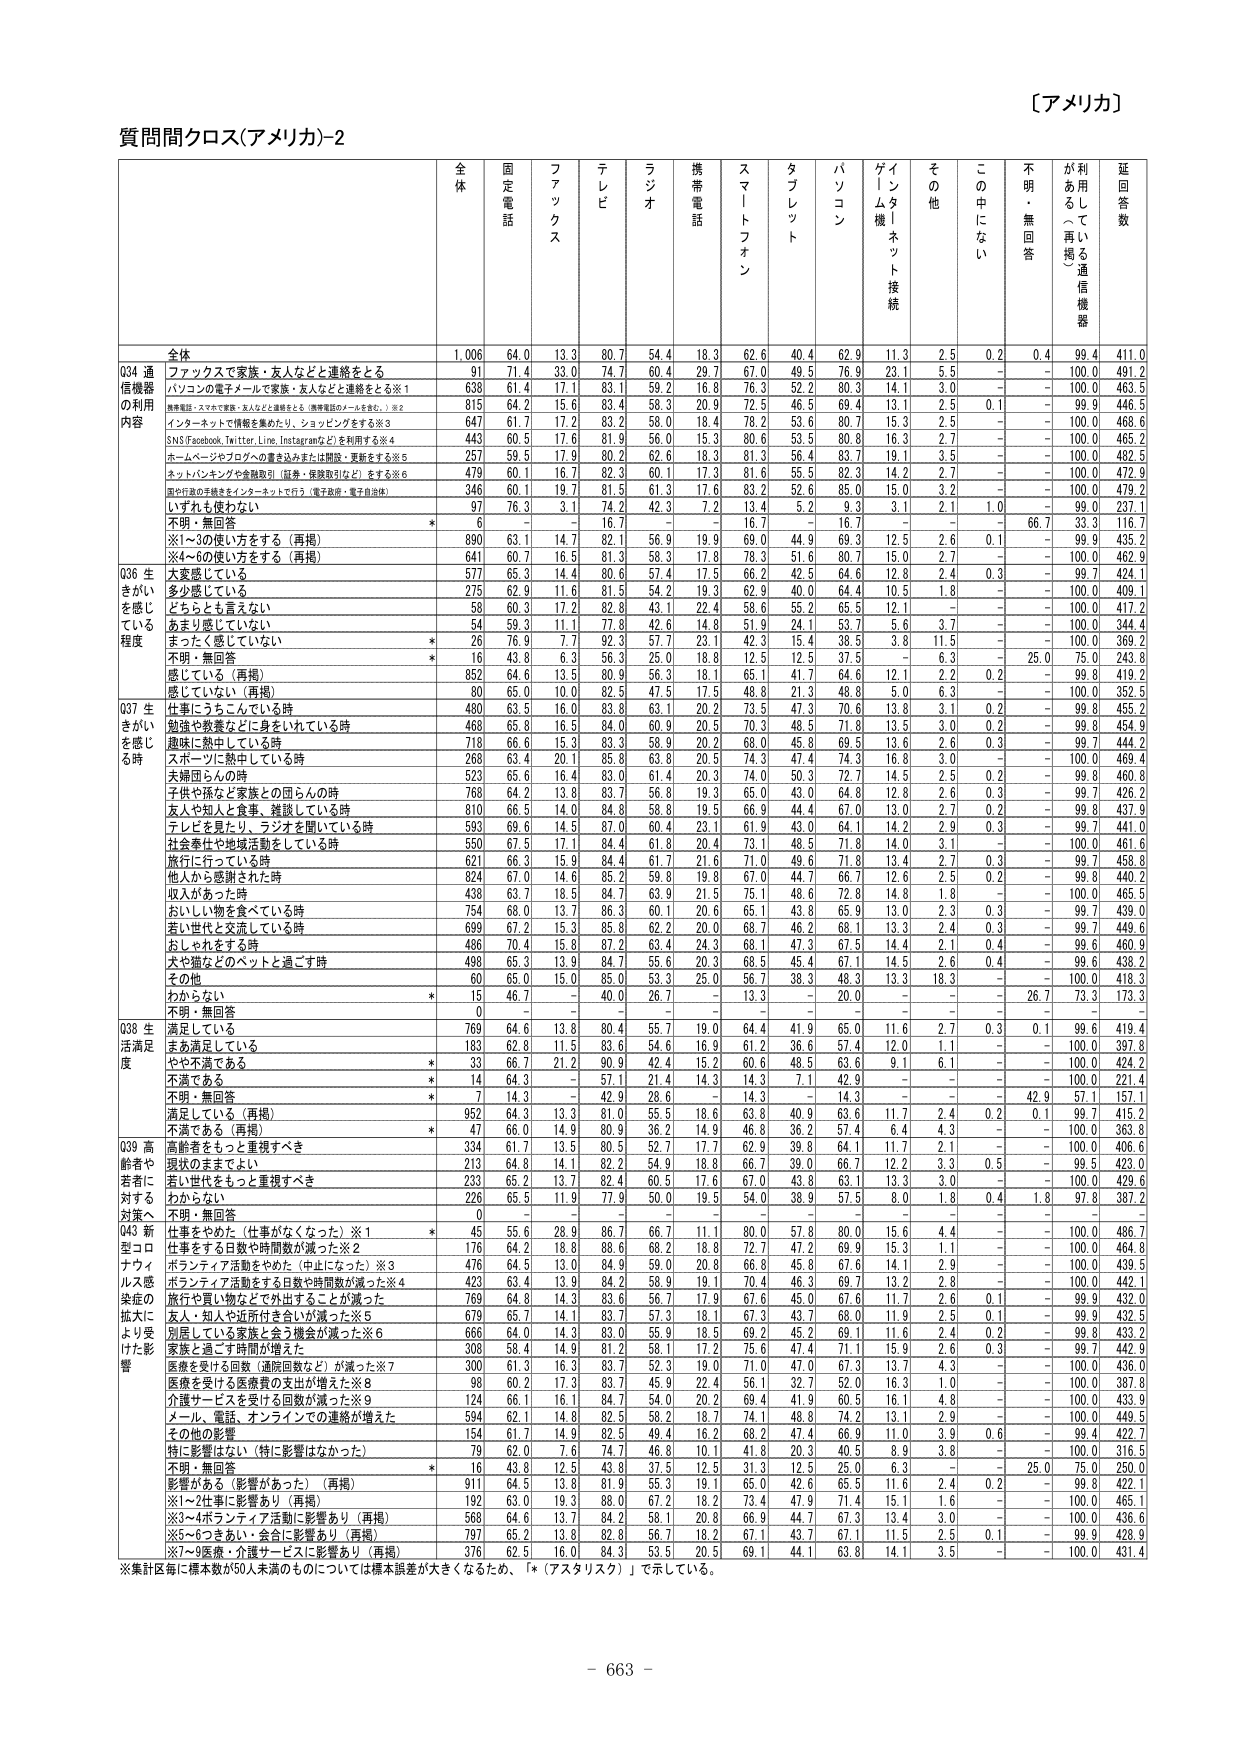
〔アメリカ〕

質問間クロス(アメリカ)-2

全体 固定電話 ファックス テレビ ラジオ 携帯電話 スマートフォン タブレット パソコン ゲーム機／インターネット接続 その他 この中にない 不明・無回答 が利用している通信機器 延回答数

全体 1,006 64.0 13.3 80.7 54.4 18.3 62.6 40.4 62.9 11.3 2.5 0.2 0.4 99.4 411.0

Q34 通信機器の利用内容
ファックスで家族・友人などと連絡をとる 91 71.4 33.0 74.7 60.4 29.7 67.0 49.5 76.9 23.1 5.5 - - 100.0 491.2
パソコンの電子メールで家族・友人などと連絡をとる※1 638 61.4 17.1 83.1 59.2 16.8 76.3 52.2 80.3 14.1 3.0 - - 100.0 463.5
携帯電話・スマホで家族・友人などと連絡をとる（携帯電話のメールを含む。）※2 815 64.2 15.6 83.4 58.3 20.9 72.5 46.5 69.4 13.1 2.5 0.1 - 99.9 446.5
インターネットで情報を集めたり、ショッピングなどを利用する※3 647 61.7 17.2 83.2 58.0 18.4 78.2 53.6 80.7 15.3 2.5 - - 100.0 468.6
SNS(Facebook, Twitter, Line, Instagramなど)を利用する※4 443 60.5 17.6 81.9 56.0 15.3 80.6 53.5 80.8 16.3 2.7 - - 100.0 465.2
ホームページやブログへの書き込みまたは閲覧・更新をする※5 257 59.5 17.9 80.2 62.6 18.3 81.3 56.4 83.7 19.1 3.5 - - 100.0 482.5
ネットバンキングや金融取引（証券・保険取引など）をする※6 479 60.1 16.7 82.3 60.1 17.3 81.6 55.5 82.3 14.2 2.7 - - 100.0 472.9
国や行政の手続きをインターネットで行う（電子政府・電子自治体） 346 60.1 19.7 81.5 61.3 17.6 83.2 52.6 85.0 15.0 3.2 - - 100.0 479.2
いずれも使わない 97 76.3 3.1 74.2 42.3 7.2 13.4 5.2 9.3 3.1 2.1 1.0 - 99.0 237.1
不明・無回答 * 6 - - 16.7 - - 16.7 - 16.7 - - - 66.7 33.3 116.7
※1～3の使い方をする（再掲） 890 63.1 14.7 82.1 56.9 19.9 69.0 44.9 69.3 12.5 2.6 0.1 - 99.9 435.2
※4～6の使い方をする（再掲） 641 60.7 16.5 81.3 58.3 17.8 78.3 51.6 80.7 15.0 2.7 - - 100.0 462.9

Q36 生きがいを感じている程度
大変感じている 577 65.3 14.4 80.6 57.4 17.5 66.2 42.5 64.6 12.8 2.4 0.3 - 99.7 424.1
多少感じている 275 62.9 11.6 81.5 54.2 19.3 62.9 40.0 64.4 10.5 1.8 - - 100.0 409.1
どちらとも言えない 58 60.3 17.2 82.8 43.1 22.4 58.6 55.2 65.3 12.1 - - - 100.0 417.2
あまり感じていない 54 59.3 11.1 77.8 42.6 14.8 51.9 24.1 53.7 5.6 3.7 - - 100.0 344.4
まったく感じていない * 26 76.9 7.7 92.3 57.7 23.1 42.3 15.4 38.5 3.8 11.5 - - 100.0 369.2
不明・無回答 * 16 43.8 6.3 56.3 25.0 18.8 12.5 12.5 37.5 - 6.3 - 25.0 75.0 243.8
感じている（再掲） 852 64.6 13.5 80.9 56.3 18.1 65.1 41.7 64.6 12.1 2.2 0.2 - 99.8 419.2
感じていない（再掲） 80 65.0 10.0 82.5 47.5 17.5 48.8 21.3 48.8 5.0 6.3 - - 100.0 352.5

Q37 生きがいを感じる時
仕事にうろこんでいる時 480 63.5 16.0 83.8 63.1 20.2 73.5 47.3 70.6 13.8 3.1 0.2 - 99.8 455.2
勉強や教養などに身をいれている時 468 65.8 16.5 84.0 60.9 20.5 70.3 48.5 71.8 13.5 3.0 0.2 - 99.8 454.9
趣味に熱中している時 718 66.6 15.3 83.3 58.9 20.2 68.0 45.8 69.5 13.6 2.6 0.3 - 99.7 444.2
スポーツに熱中している時 268 63.4 20.1 85.8 63.8 20.5 74.3 47.4 74.3 16.8 3.0 - - 100.0 469.4
夫婦団らんの時 523 65.6 16.4 83.0 61.4 20.3 74.0 50.3 72.7 14.5 2.5 0.2 - 99.8 460.8
子供や孫など家族との団らんの時 768 64.2 13.8 83.7 56.8 19.3 65.0 43.0 64.8 12.8 2.6 0.3 - 99.7 426.2
友人や知人と食事、談談している時 810 66.5 14.0 84.8 58.8 19.5 66.9 44.0 67.0 13.0 2.7 0.2 - 99.8 437.9
テレビを見たり、ラジオを聞いている時 593 69.6 14.5 87.0 60.4 23.1 61.9 43.0 64.1 14.2 2.9 0.3 - 99.7 441.0
社会奉仕や地域活動をしている時 550 67.5 17.1 84.4 61.8 20.4 73.1 48.5 71.8 14.0 3.1 - - 100.0 461.6
旅行に行っている時 621 66.3 15.9 84.4 61.7 21.6 71.0 49.6 71.8 13.4 2.7 0.3 - 99.7 458.8
他人から感謝された時 924 67.0 14.6 85.2 59.8 19.8 67.0 44.7 66.7 12.6 2.5 0.2 - 99.8 440.2
収入があった時 438 63.7 18.5 84.7 63.9 21.3 75.1 48.6 72.8 14.8 1.8 - - 100.0 463.5
おいしい物を食べている時 754 68.0 13.7 86.3 60.1 20.6 65.1 43.8 65.9 13.0 2.3 0.3 - 99.7 439.0
若い世代と交流している時 699 67.2 15.3 85.8 62.2 20.0 68.7 46.2 68.1 13.3 2.4 0.3 - 99.7 449.6
おしゃれをする時 486 70.4 15.8 87.2 63.4 24.3 68.1 47.3 67.5 14.4 2.1 0.4 - 99.6 460.9
犬や猫などのペットと過ごす時 498 65.3 13.9 84.7 55.6 20.3 68.5 45.4 67.1 14.5 2.6 0.4 - 99.6 438.2
その他 60 65.0 15.0 85.0 53.3 25.0 56.7 38.3 48.3 13.3 18.3 - - 100.0 418.3
わからない * 15 46.7 - 40.0 26.7 - 13.3 - 20.0 - - - 26.7 73.3 173.3
不明・無回答 0 - - - - - - - - - - - - - -

Q38 生活満足度
満足している 769 64.6 13.8 80.4 55.7 19.0 64.4 41.9 65.0 11.6 2.7 0.3 0.1 99.6 419.4
まあ満足している 183 62.8 11.5 83.6 54.6 16.9 61.2 36.6 57.4 12.0 1.1 - - 100.0 397.8
やや不満である * 33 66.7 21.2 90.9 42.4 15.2 60.6 48.5 63.6 9.1 6.1 - - 100.0 424.2
不満である * 14 64.3 - 57.1 21.4 14.3 14.3 7.1 42.9 - - - - 100.0 221.4
不明・無回答 * 7 14.3 - 42.9 28.6 - 14.3 - 14.3 - - - 42.9 57.1 157.1
満足している（再掲） 952 64.3 13.3 81.0 55.5 18.6 63.8 40.9 63.6 11.7 2.4 0.2 0.1 99.7 415.2
不満である（再掲） * 47 66.0 14.9 80.9 36.2 14.9 46.8 36.2 57.4 6.4 4.3 - - 100.0 363.8

Q39 高齢者や若者に対する対策へ
高齢者をもっと重視すべき 334 61.7 13.5 80.5 52.7 17.7 62.9 39.8 64.1 11.7 2.1 - - 100.0 406.6
現状のままでよい 213 64.8 14.1 82.2 54.9 18.8 66.7 39.0 66.7 12.2 3.3 0.5 - 99.5 423.0
若い世代をもっと重視すべき 233 65.2 13.7 82.4 60.5 17.6 67.0 43.8 63.1 13.3 3.0 - - 100.0 429.6
わからない 226 65.5 11.9 77.9 50.0 19.5 54.0 38.9 57.5 8.0 1.8 0.4 1.8 97.8 387.2
不明・無回答 0 - - - - - - - - - - - - - -

Q43 新型コロナウイルス感染症の拡大により受けた影響
仕事をやめた（仕事がなくなった）※1 * 45 55.6 28.9 86.7 66.7 11.1 80.0 57.8 80.0 15.6 4.4 - - 100.0 486.7
仕事をする日数や時間数が減った※2 176 64.2 18.8 88.6 68.2 18.8 72.7 47.2 69.9 15.3 1.1 - - 100.0 464.8
ボランティア活動をやめた（中止になった）※3 476 64.5 13.0 84.9 59.0 20.8 66.8 45.8 67.6 14.1 2.9 - - 100.0 439.5
ボランティア活動をする日数や時間数が減った※4 423 63.4 13.9 84.2 58.9 19.1 70.4 46.3 69.7 13.2 2.8 - - 100.0 442.1
旅行や買い物などで外出することが減った 769 64.8 14.3 83.6 56.7 17.9 67.6 45.0 67.6 11.7 2.6 0.1 - 99.9 432.0
友人・知人や近所付き合いが減った※5 679 65.7 14.1 83.7 57.3 18.1 67.3 43.7 68.0 11.9 2.5 0.1 - 99.9 432.5
別居している家族と会う機会が減った※6 666 64.0 14.3 83.0 55.9 18.5 69.2 45.2 69.1 11.6 2.4 0.2 - 99.8 433.2
家族と過ごす時間が増えた 308 58.4 14.9 81.2 58.1 17.2 75.6 47.4 71.1 15.9 2.6 0.3 - 99.7 442.9
医療を受ける回数（通院回数など）が減った※7 300 61.3 16.3 83.7 52.3 19.0 71.0 47.0 67.3 13.7 4.3 - - 100.0 436.0
医療を受ける医療費の支出が増えた※8 98 60.2 17.3 83.7 45.9 22.4 56.1 32.7 52.0 16.3 1.0 - - 100.0 387.8
介護サービスを受ける回数が減った※9 124 66.1 16.1 84.7 54.0 20.2 69.4 41.9 60.5 16.1 4.8 - - 100.0 433.9
メール、電話、オンラインでの連絡が増えた 594 62.1 14.8 82.5 58.2 18.7 74.1 48.8 74.2 13.1 2.9 - - 100.0 449.5
その他の影響 154 61.7 14.9 82.5 49.4 16.2 68.2 47.4 66.9 11.0 3.9 0.6 - 99.4 422.7
特に影響はない（特に影響はなかった） 79 62.0 7.6 74.7 46.8 10.1 41.8 20.3 40.5 8.9 3.8 - - 100.0 316.5
不明・無回答 * 16 43.8 12.5 43.8 37.5 12.5 31.3 12.5 25.0 6.3 - - 25.0 75.0 250.0
影響がある（影響があった）（再掲） 911 64.5 13.8 81.9 55.3 19.1 65.0 42.6 65.3 11.6 2.4 0.2 - 99.8 422.1
※1～2仕事に影響あり（再掲） 192 63.0 19.3 88.0 67.2 18.2 73.4 47.9 71.4 15.1 1.6 - - 100.0 465.1
※3～4ボランティア活動に影響あり（再掲） 568 64.6 13.7 84.2 58.1 20.8 66.9 44.7 67.3 13.4 3.0 - - 100.0 436.6
※5～6つきあい・会合に影響あり（再掲） 797 65.2 13.8 82.8 56.7 18.2 67.1 43.7 67.1 11.5 2.5 0.1 - 99.9 428.9
※7～9医療・介護サービスに影響あり（再掲） 376 62.5 16.0 84.3 53.5 20.5 69.1 44.1 63.8 14.1 3.5 - - 100.0 431.4

※集計区毎に標本数が50人未満のものについては標本誤差が大きくなるため、「*（アスタリスク）」で示している。

- 663 -